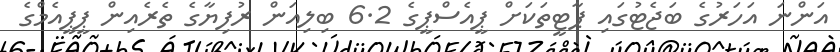
އަންނަ އަހަރުގެ ބަޖެޓުގައި ޕާޓީތަކަށް ޕީއެސްޕީގެ 6.2 ބިލިއަން ރުފިޔާގެ ތެރެއިން ޕީޕީއެމްގެ